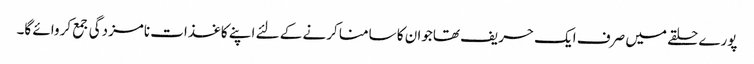
پورے حلقے میں صرف ایک حریف تھاجوان کا سامنا کرنے کے لئے اپنے کاغذات نامزدگی جمع کروائے گا۔